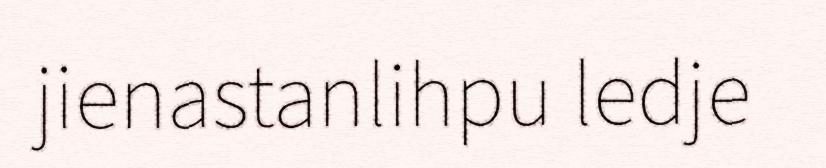
jienastanlihpu ledje